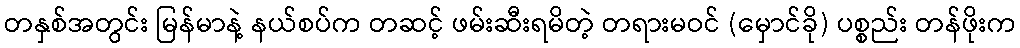
တနှစ်အတွင်း မြန်မာနဲ့ နယ်စပ်က တဆင့် ဖမ်းဆီးရမိတဲ့ တရားမဝင် (မှောင်ခို) ပစ္စည်း တန်ဖိုးက